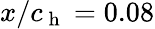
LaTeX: x/c_{\mathrm{~h~}}=0.08